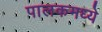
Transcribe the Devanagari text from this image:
पालकमध्ये